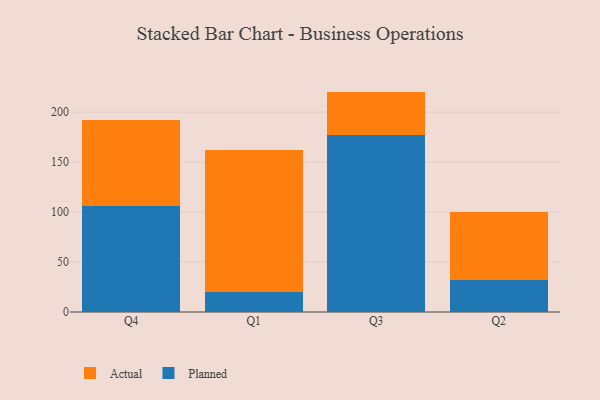
{"axis": {"x": "Quarter", "y": "Satisfaction Score"}, "legend": ["Actual", "Planned"], "data": [{"x": "Q4", "y": 106.0, "type": "Planned"}, {"x": "Q4", "y": 86.1, "type": "Actual"}, {"x": "Q1", "y": 20.1, "type": "Planned"}, {"x": "Q1", "y": 141.7, "type": "Actual"}, {"x": "Q3", "y": 177.0, "type": "Planned"}, {"x": "Q3", "y": 43.5, "type": "Actual"}, {"x": "Q2", "y": 32.4, "type": "Planned"}, {"x": "Q2", "y": 67.6, "type": "Actual"}]}